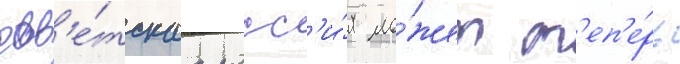
сов'е́тскаа росс'и́я мо́жет т'еп'е́рь